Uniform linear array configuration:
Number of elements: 64
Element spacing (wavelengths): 1
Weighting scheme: binomial
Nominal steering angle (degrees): -60
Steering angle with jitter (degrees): -59.121
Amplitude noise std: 0.05
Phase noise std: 0.05

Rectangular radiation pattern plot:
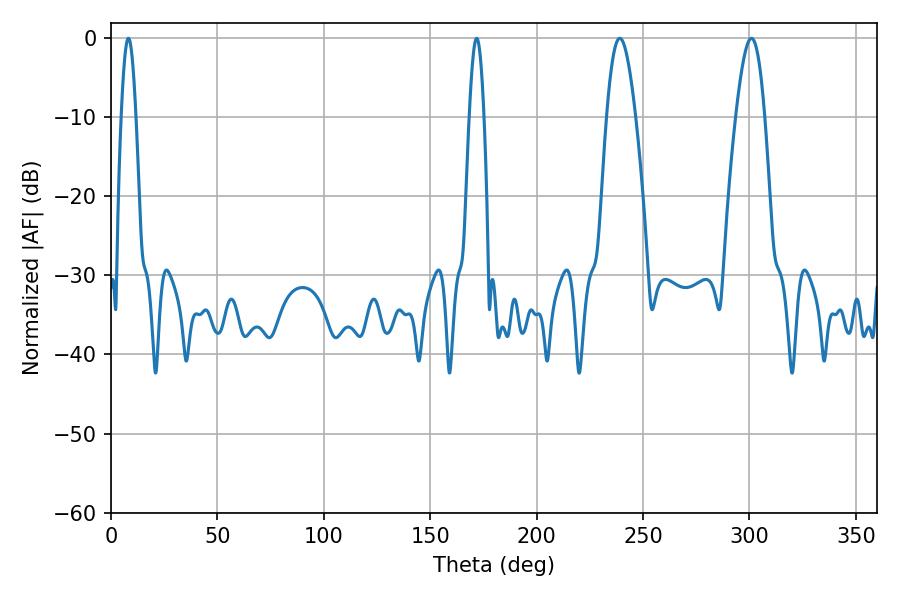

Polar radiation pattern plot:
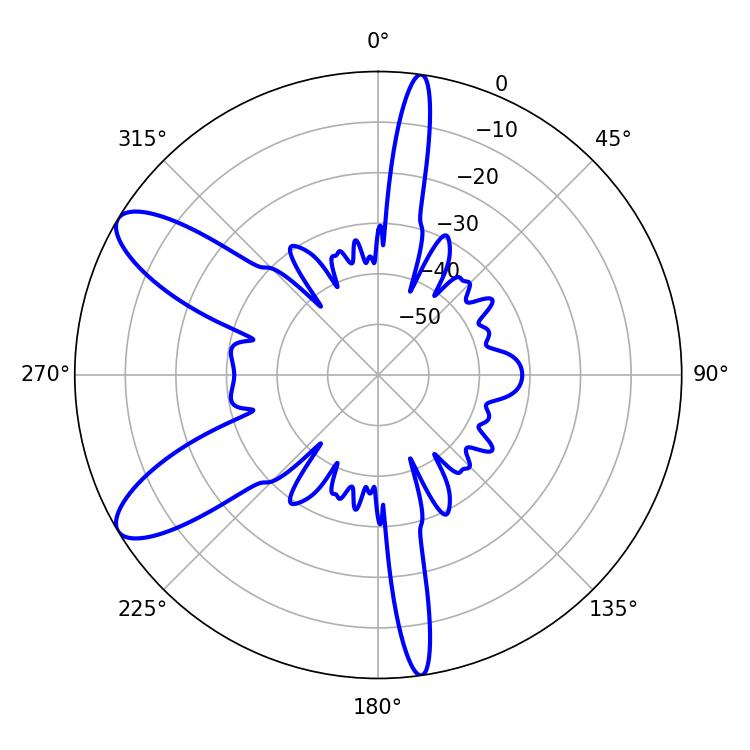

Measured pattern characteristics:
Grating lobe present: TRUE
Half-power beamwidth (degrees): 7.2
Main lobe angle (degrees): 239.04